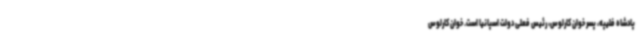
پادشاه فلیپه، پسر خوان کارلوس، رئیس فعلی دولت اسپانیا است. خوان کارلوس